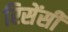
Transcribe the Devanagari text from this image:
रिसेंसी